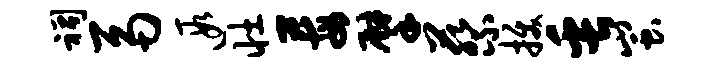
祠鬲遐壮莓擘蔡拔缶蚩